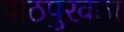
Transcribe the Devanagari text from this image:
पाठपुरवठा